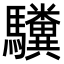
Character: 𫘚